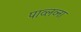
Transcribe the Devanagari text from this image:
पाव्लव्ना